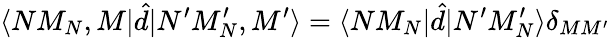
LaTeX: \langle NM_{N},M|\hat{d}|N^{\prime}M_{N}^{\prime},M^{\prime}\rangle=\langle NM_{N}|\hat{d}|N^{\prime}M_{N}^{\prime}\rangle\delta_{MM^{\prime}}